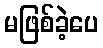
မဖြစ်ခဲ့ပေ